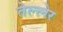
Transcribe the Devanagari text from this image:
तेल्लेर